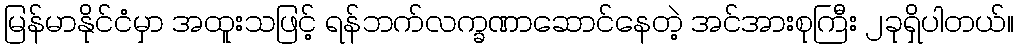
မြန်မာနိုင်ငံမှာ အထူးသဖြင့် ရန်ဘက်လက္ခဏာဆောင်နေတဲ့ အင်အားစုကြီး ၂ခုရှိပါတယ်။